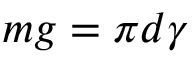
\, m g = \pi d \gamma